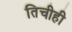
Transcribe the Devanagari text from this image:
तिचीही